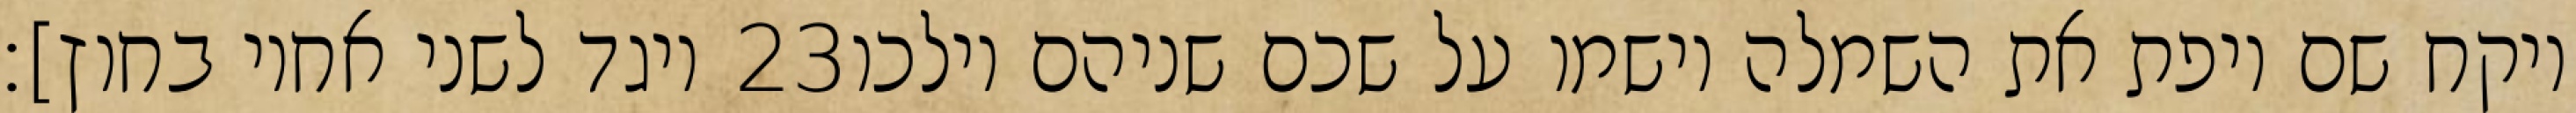
ויגד לשני אחיו בחוץ]׃ ‎23‏ ויקח שם ויפת את השמלה וישמו על שכם שניהם וילכו